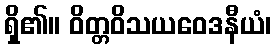
ရှိ၏။ ဝိတ္တဝိသယဝေဒနီယံ၊